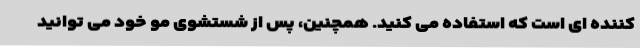
کننده ای است که استفاده می کنید. همچنین، پس از شستشوی مو خود می توانید